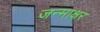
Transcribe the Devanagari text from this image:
जन्माक्षर